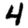
Digit: 4